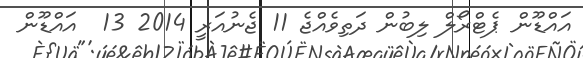
އައްޑޫން ޕެޓްރޯލް ލިބުން ދަތިވެއްޖެ 11 ޖެނުއަރީ 2014 13  އައްޑޫން